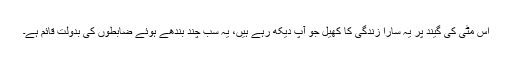
اس مٹی کی گیند پر یہ سارا زندگی کا کھیل جو آپ دیکھ رہے ہیں، یہ سب چند بندھے ہوئے ضابطوں کی بدولت قائم ہے۔